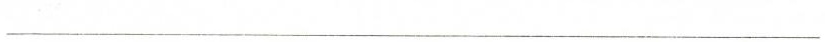
___